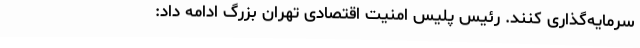
سرمایه‌گذاری کنند. رئیس پلیس امنیت اقتصادی تهران بزرگ ادامه داد: